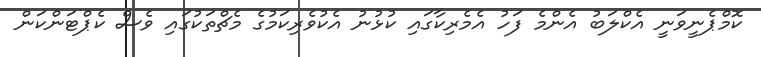
ކޮމްޕެނީވަނީ އެކްލަބު އެންމެ ފަހު އެމެރިކާގައި ކުޅުނު އެކުވެރިކަމުގެ މެޗްތަކުގައި ވެސް ކެޕްޓަންކަން